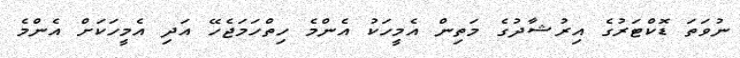
ނުވަތަ ޑޮކްޓަރުގެ އިރުޝާދުގެ މަތިން އެމީހަކު އެންމެ ހިތްހަމަޖެހޭ އަދި އެމީހަކަށް އެންމެ